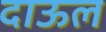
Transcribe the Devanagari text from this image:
दाऊल